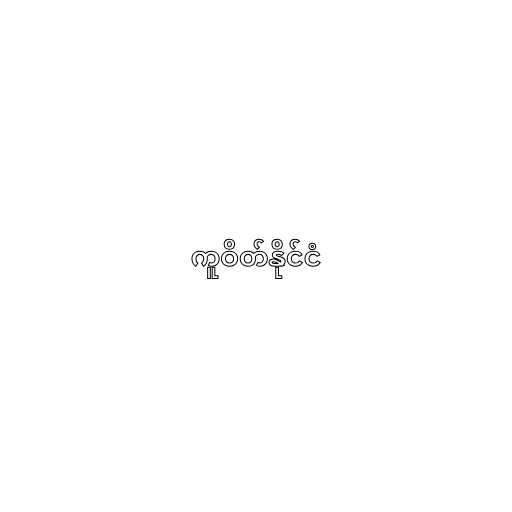
ကူဝိတ်နိုင်ငံ